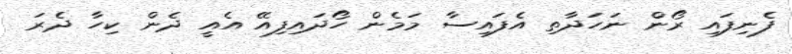
ފެނިފައި ރޯން ނަހަދާތި އެފައިސާ މަމެން ހޯދައިފިއޭ އެއީ ދެން ކިހާ ދެރަ